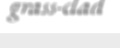
grass-clad